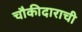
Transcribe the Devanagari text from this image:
चौकीदाराची